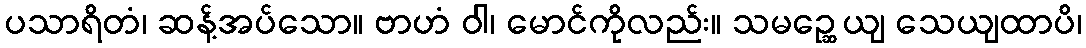
ပသာရိတံ၊ ဆန့်အပ်သော။ ဗာဟံ ဝါ၊ မောင်ကိုလည်း။ သမဉ္ဆေယျ သေယျထာပိ၊